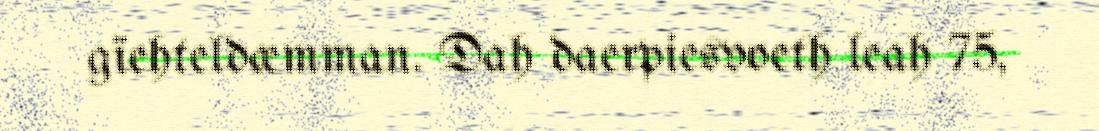
gïehteldæmman. Dah daerpiesvoeth leah 75,